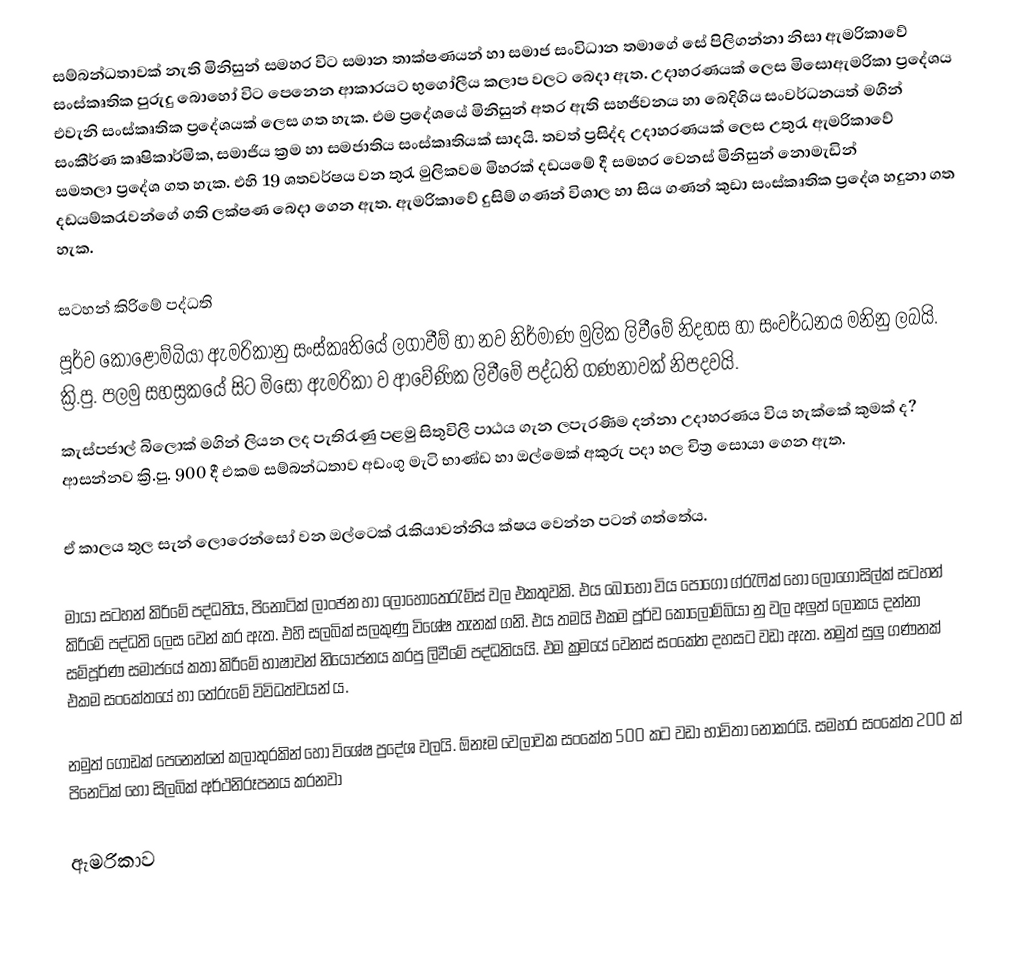
සම්බන්ධතාවක් නැති මිනිසුන් සමහර විට සමාන තාක්ෂණයන් හා සමාජ සංවිධාන තමාගේ සේ පිලිගන්නා නිසා ඇමරිකාවේ සංස්කෘතික පුරුදු බො‍හෝ විට පෙනෙන ආකාරයට භුගෝලීය කලාප වලට බෙදා ඇත. උදාහරණයක් ලෙස මිසොඇමරිකා ප්‍රදේශය එවැනි සංස්කෘතික ප්‍රදේශයක් ලෙස ගත හැක. එම ප්‍රදේශයේ මිනිසුන් අතර ඇති සහජිවනය හා බෙදිගිය සංවර්ධනයත් මගින් සංකීර්ණ කෘෂිකාර්මික, සමාජිය ක්‍රම  හා සමජාතිය සංස්කෘතියක් සාදයි. තවත් ප්‍රසිද්ද උදාහරණයක් ලෙස උතුරැ ඇමරිකාවේ සමතලා ප්‍රදේශ ගත  හැක. එහි 19 ශතවර්ෂය වන තුරැ මුලිකවම මිහරක් දඩයමේ දී සමහර වෙනස් මිනිසුන් නොමැඩින් දඩයම්කරැවන්ගේ ගති ලක්ෂණ බෙදා ගෙන ඇත. ඇමරිකාවේ දුසිම් ගණන් විශාල හා සිය ගණන් කුඩා සංස්කෘතික ප්‍රදේශ  හදුනා ගත හැක.

සටහන් කිරිමේ පද්ධති
පූර්ව කොළොම්බියා ඇමරිකානු සංස්කෘතියේ ලගාවීම් හා නව නිර්මාණ මුලික ලිවීමේ නිදහස හා සංවර්ධනය මනිනු ලබයි. ක්‍රි.පු. පලමු සහස්‍රකයේ සිට මිසො ඇමරිකා ව ආවේණික ලිවීමේ පද්ධති ගණනාවක් නිපදවයි.
කැස්පජාල් බිලොක් මගින් ලියන ලද පැතිරැණු පළමු සිතුවිලි පාඨය ගැන ලපැරණිම දන්නා උදාහරණය විය හැක්කේ කුමක් ද? ආසන්නව  ක්‍රි.පු. 900 දී එකම සම්බන්ධතාව අඩංගු මැටි භාණ්ඩ හා ඔල්මෙක් අකුරු පදා හල චිත්‍ර සොයා ගෙන ඇත.

ඒ කාලය තුල සැන් ලොරෙන්සෝ වන ඔල්ටෙක් රැකියාවන්නිය ක්ෂය වෙන්න පටන් ගත්තේය.

මායා සටහන් කිරිමේ පද්ධතිය, පිනොටික් ලාංඡන හා ලොහෝතෙරැම්ස් වල එකතුවකි. එය බොහෝ විය පොගො ග්රැෆික් හෝ ලොගොසිල්ක් සටහන් කිරිමේ පද්ධති ලෙස වෙන් කර ඇත. එහි සලබික් සලකුණු විශේෂ තැනක් ගනි. එය තමයි එකම පූර්ව කොලොම්බියා නු වල අලුත් ලෝකය දන්නා සම්පූර්ණ සමාජයේ කතා කිරිමේ භාෂාවන් නියෝජනය කරපු ලිවීමේ පද්ධතියයි. එම ක්‍රමයේ වෙනස් සංකේත දහසට වඩා ඇත. නමුත් සුලු ගණනක් එකම සංකේතයේ ‍හා තේරුමේ විවිධත්වයන් ය.

නමුත් ගොඩක් පෙනෙන්නේ කලාතුරකින් ‍හෝ විශේෂ ප්‍රදේශ වලයි. ඕනෑම වෙලාවක සංකේත 500 කට වඩා භාවිතා නොකරයි. සමහර සංකේත 200 ක් පිනෙටික් හෝ සිලබික් අර්ථනිරූපනය කරනවා

ඇමරිකාව